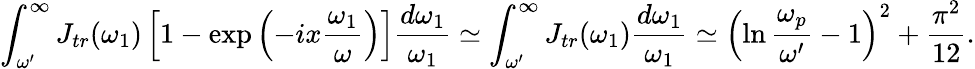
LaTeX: \int_{\omega^{\prime}}^{\infty}J_{tr}(\omega_{1})\left[1-\exp\left(-ix\frac{\omega_{1}}{\omega}\right)\right]\frac{d\omega_{1}}{\omega_{1}}\simeq\int_{\omega^{\prime}}^{\infty}J_{tr}(\omega_{1})\frac{d\omega_{1}}{\omega_{1}}\simeq\left(\ln\frac{\omega_{p}}{\omega^{\prime}}-1\right)^{2}+\frac{\pi^{2}}{12}.